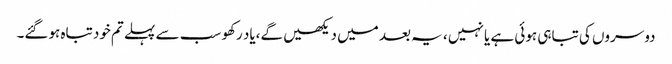
دوسروں کی تباہی ہوئی ہے یا نہیں ، یہ بعد میں دیکھیں گے،یاد رکھو سب سے پہلے تم خود تباہ ہوگئے۔